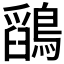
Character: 𪅎